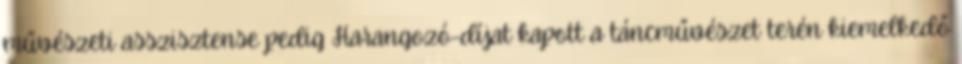
művészeti asszisztense pedig Harangozó-díjat kapott a táncművészet terén kiemelkedő